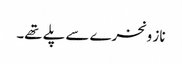
ناز و نخرے سے پلے تھے۔